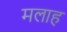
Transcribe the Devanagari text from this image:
मलाह